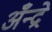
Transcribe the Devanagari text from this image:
अँन्द्रे